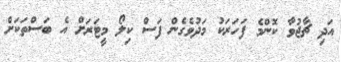
އަދި ޗާޖުވާ ކޮންމެ ފަހަރަކު މަދުވެގެން ފަސް ކިލޯ މީޓަރަށް އެ ބަސްތަކަށް